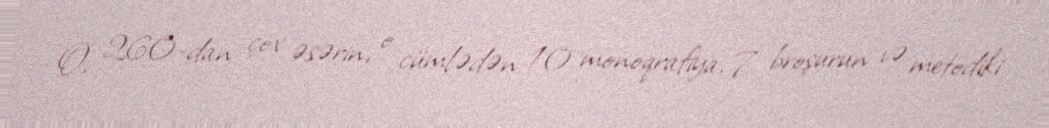
O, 260-dan çox əsərin, o cümlədən 10 monoqrafiya, 7 broşurun və metodiki